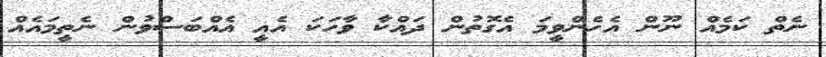
ނެތް ކަމެއް ނޫން އެހެންވީމަ އެގޮތުން ދައްކާ ވާހަކަ އެއީ އެއްބަސްވުން ނެތީމައެއް